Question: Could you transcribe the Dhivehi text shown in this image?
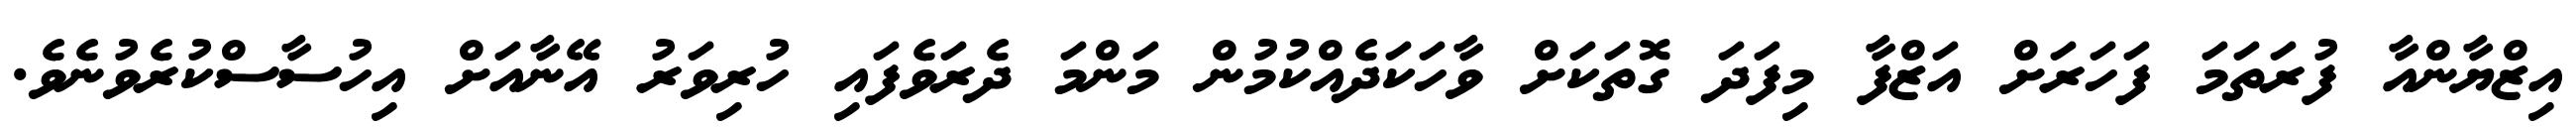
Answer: އިޒްޔާންއާ ފުރަތަމަ ފަހަރަށް އަޒްފާ މިފަދަ ގޮތަކަށް ވާހަކަދެއްކުމުން މަންމަ ދެރަވެފައި ހުރިވަރު އޭނާއަށް އިހުސާސްކުރެވުނެވެ.